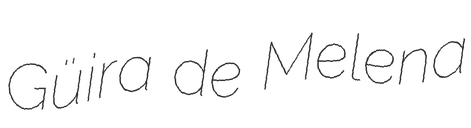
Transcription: Güira de Melena